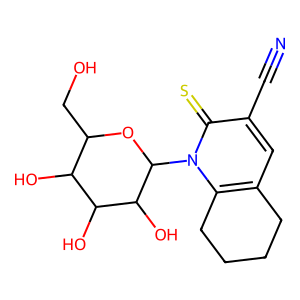
SMILES: N#Cc1cc2c(n(C3OC(CO)C(O)C(O)C3O)c1=S)CCCC2
Inhibits HIV replication: No